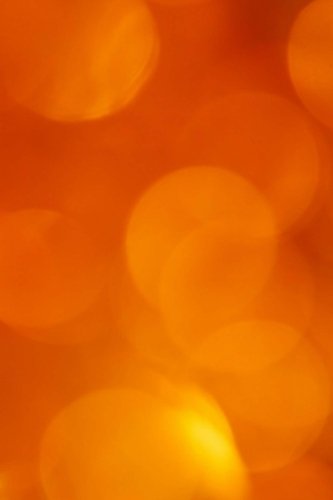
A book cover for Orange Journal: 160 Page Lined Journal/Notebook; Mahtava Journals; Literature & Fiction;